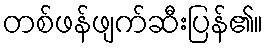
တစ်ဖန်ဖျက်ဆီးပြန်၏။